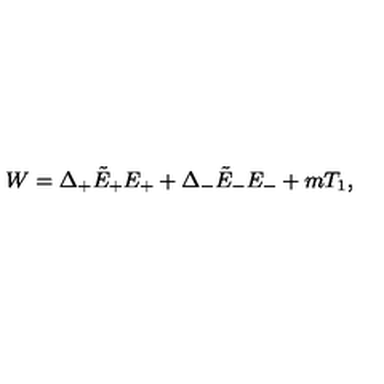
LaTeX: W = \Delta _ { + } \tilde { E } _ { + } E _ { + } + \Delta _ { - } \tilde { E } _ { - } E _ { - } + m T _ { 1 } ,